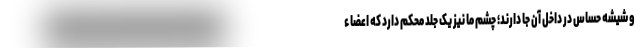
و شیشه حساس در داخل آن جا دارند؛ چشم ما نیز یک جلد محکم دارد که اعضاء